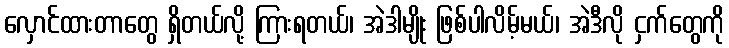
လှောင်ထားတာတွေ ရှိတယ်လို့ ကြားရတယ်၊ အဲဒါမျိုး ဖြစ်ပါလိမ့်မယ်၊ အဲဒီလို ငှက်တွေကို